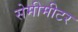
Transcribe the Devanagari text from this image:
सेमीमीटर